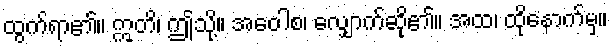
ထွက်ရာ၏။ ဣတိ၊ ဤသို့။ အဝေါစ၊ လျှောက်ဆို၏။ အထ၊ ထိုနောက်မှ။